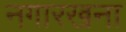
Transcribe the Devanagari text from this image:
नगारखना